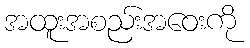
အထူးအစည်းအဝေးကို